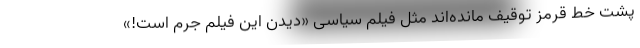
پشت خط قرمز توقیف مانده‌اند مثل فیلم سیاسی «دیدن این فیلم جرم است!»